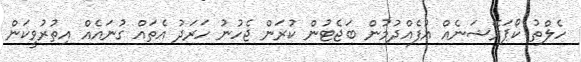
ހެލްތު ކޯޕަރޭޝަނެއް އުފެއްދުމުން ބަޖެޓުން ކުރަން ޖެހުނު ހަރަދު އެތައް ގުނައެއް އިތުރުވީކަން